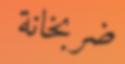
ضربخانة